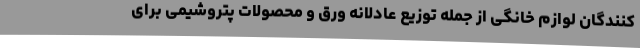
کنندگان لوازم خانگی از جمله توزیع عادلانه ورق و محصولات پتروشیمی برای